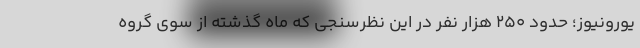
یورونیوز؛ حدود ۲۵۰ هزار نفر در این نظرسنجی که ماه گذشته از سوی گروه